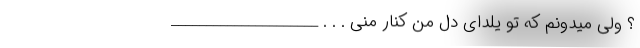
؟ ولی میدونم که تو یلدای دل من کنار منی . . . _____________________